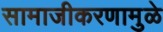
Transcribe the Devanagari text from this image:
सामाजीकरणामुळे